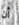
أن